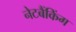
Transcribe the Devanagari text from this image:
नेटबैंकिंग